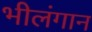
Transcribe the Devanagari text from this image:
भीलंगान